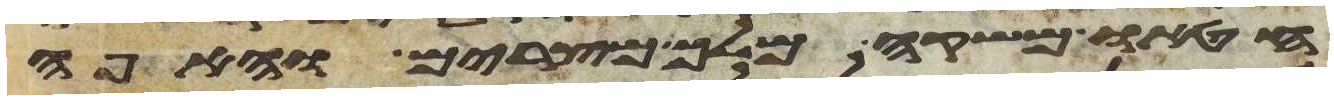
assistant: חטאו משקה מלך מצרים והאפה